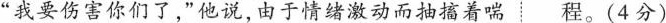
”我要伤害你们了，”他说，由于情绪激动而抽搐着喘程。(4分)